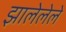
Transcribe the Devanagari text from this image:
झालेलेले